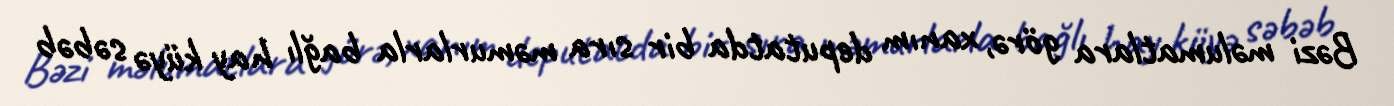
Bəzi məlumatlara görə, xanım deputatda bir sıra məmurlarla bağlı hay küyə səbəb